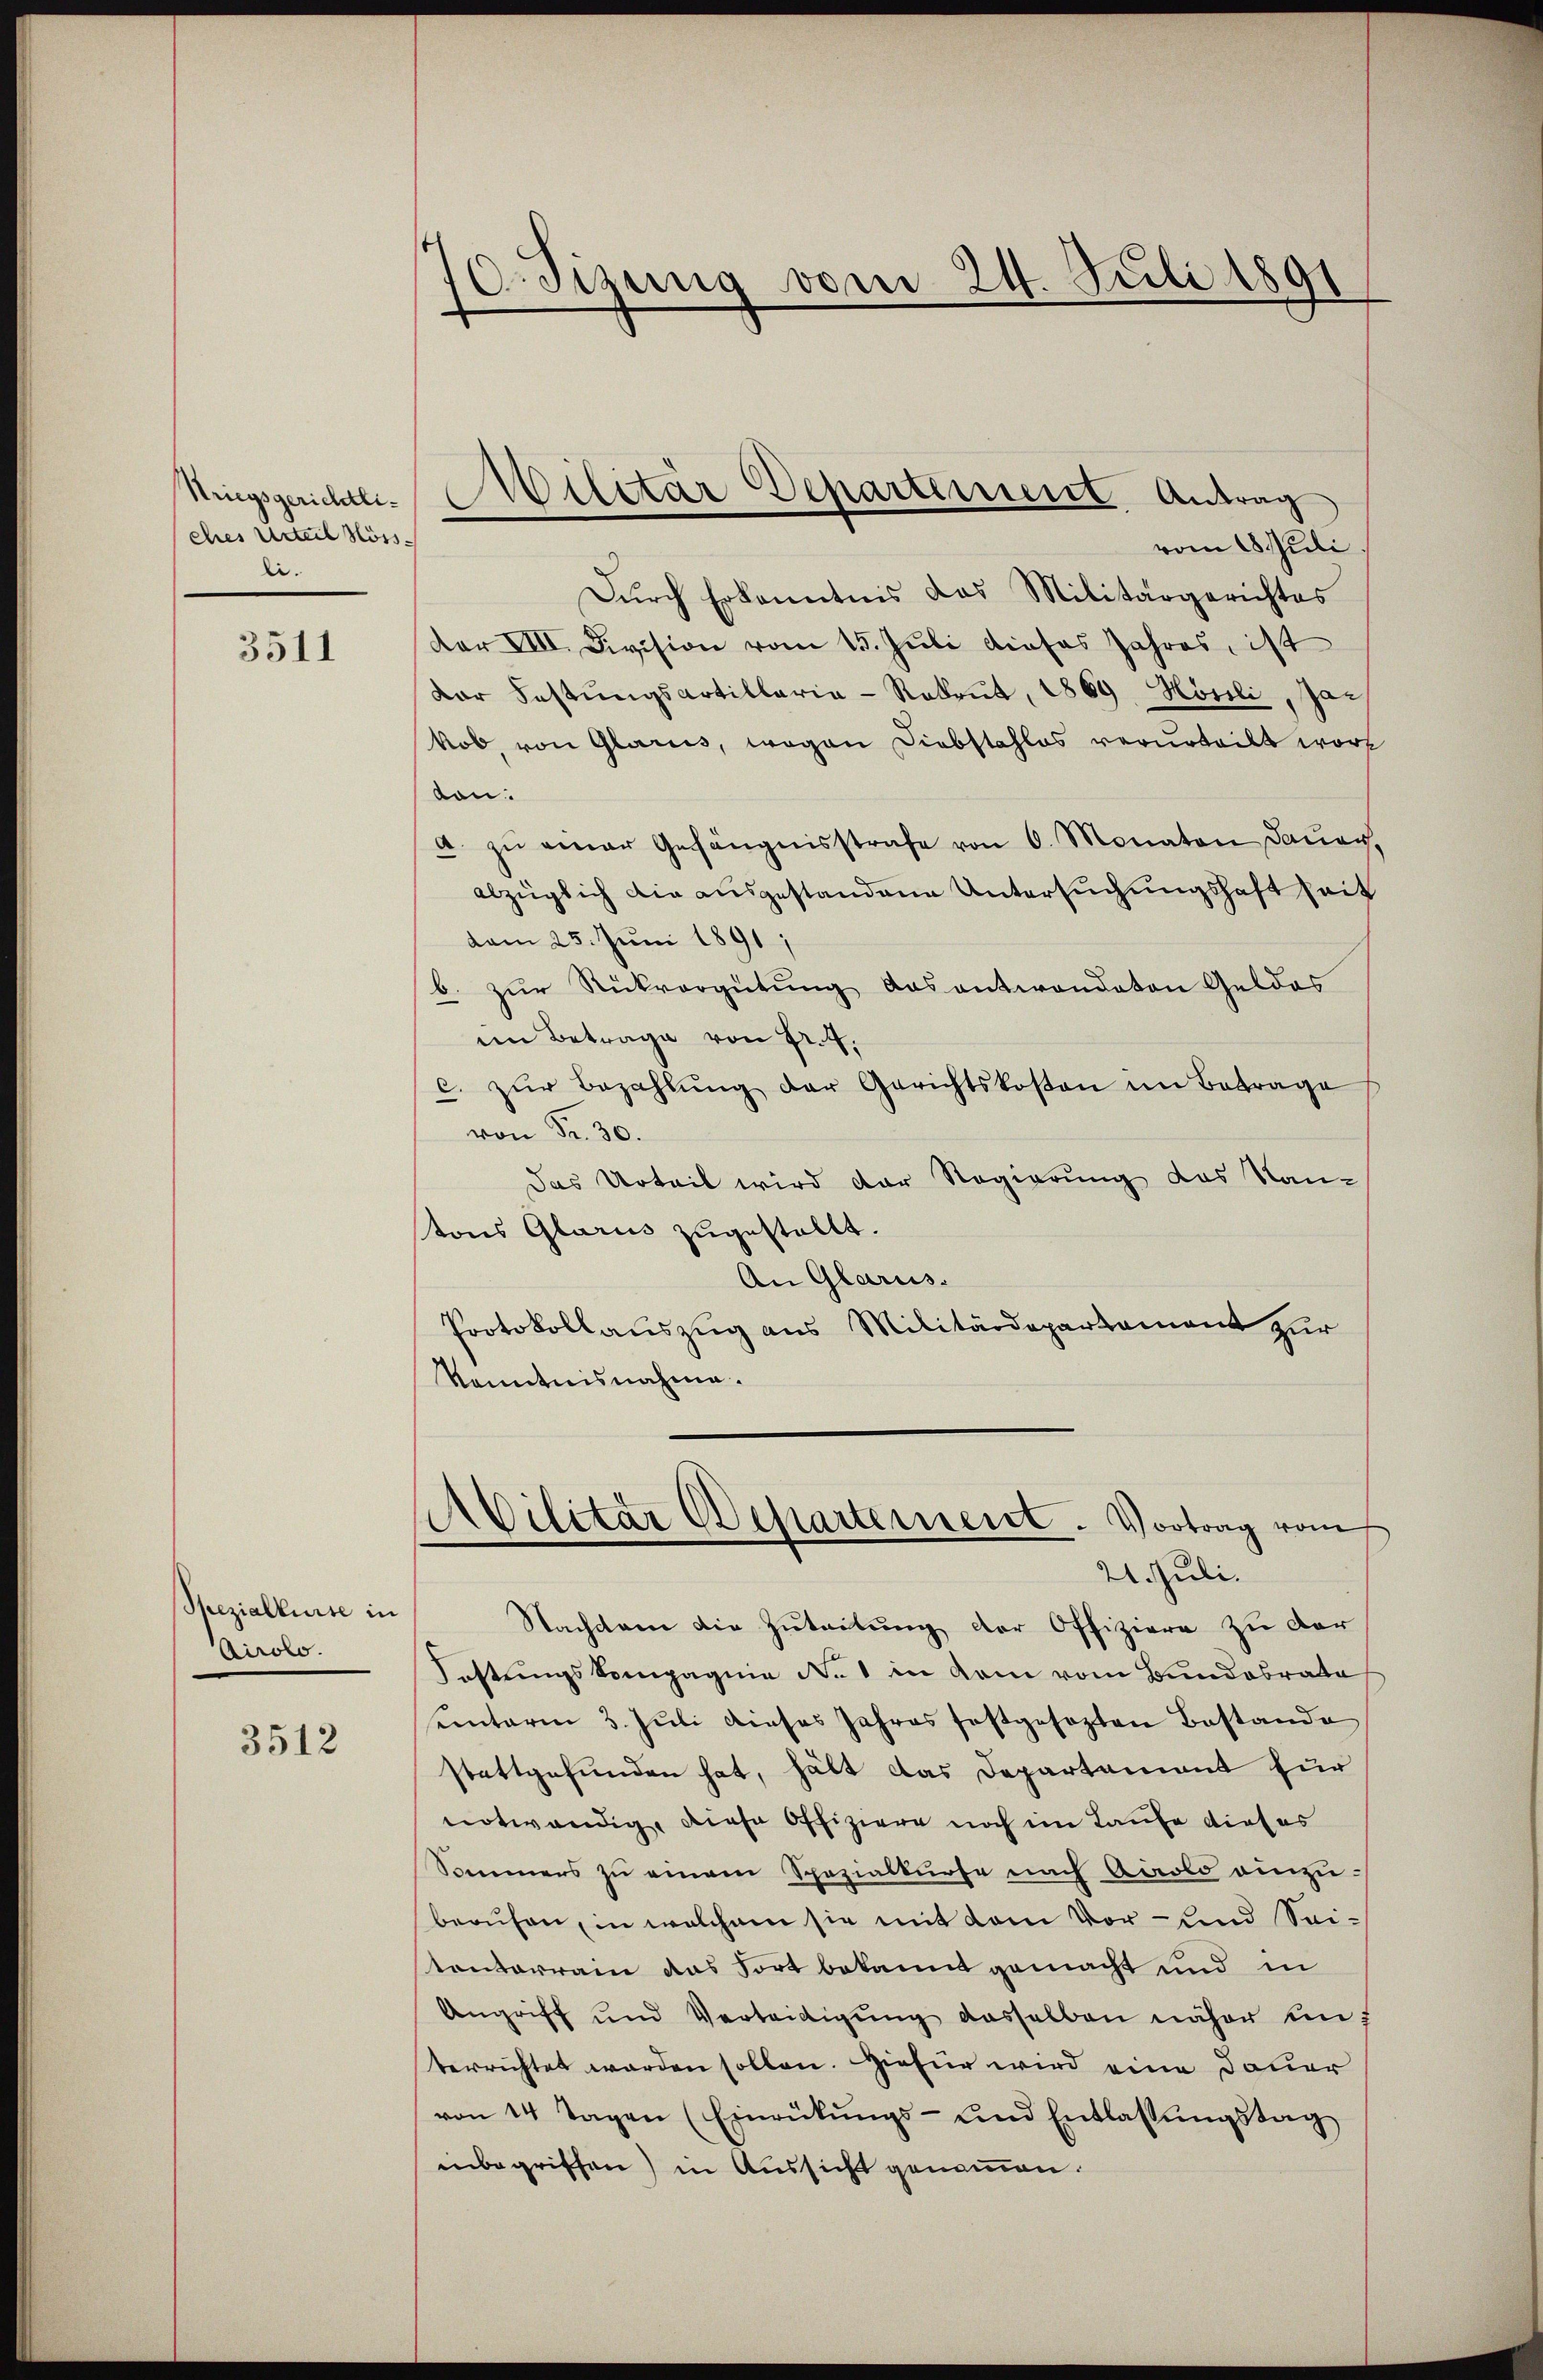
ches Urteil Höss
li.

3511

Spezialkurse in
Airolo.

3512

70. Sizung vom 24. Juli 1891

vom 1. Juli.
Durch Erkenntnis das Militärgerichtes
Dar VIII. Division vom 15. Juli dieses Jahres, ist
Dar Festungsartillaria-Rekrut, 1869 Hösli, Jakob, von Glarus, wegen Diebstahlos verurteilt worton.
a. zŭ einer Gefängnisstrafe von 6. Monaten Dauer,
abzüglich die ausgestandene Untersuchungshaft seit
vam 25. Juni 1891
b. zur Rückvergütung das antwondaten Geldes
ein Betrage von Fr. 4.
c. zŭr Bezahlŭng der Gerichtskosten im Betrage
von Fr. 30.
Das Urteil wird der Regierung das Kan-
tons Glarus zugestellt.
An Glarus.
Protokollauszug aus Militärdepartement zur
Kenntnisnahme.

Striegsgerichter Militär Departement. Antrag

Militär Departement. Vortrag vom
21. Juli.

Nachdem die Zuteitung der Offiziere zu der
Festungskompagnie No 1 in dem vom Bundesrate
seinterm 3. Juli dieses Jahres festgesezten Bestande
stattgefunden hat, hält das Departement für
notwendig, diese Offiziere noch im Laufe dieses
Sommers zŭ einem Spezialkurse nach Airolo einzuberufen, in welchem sie mit dem Vor- und Seitonterrain das Fort bekannt gemacht und in
Angriff und Verteidigung dasselben näher um
terrichtet worden sollen. Hiefür wird eine Dauer
von 14 Tagen (Einrükŭngs- und Entlassŭngstag
inbegriffen) in Aussicht genommen.